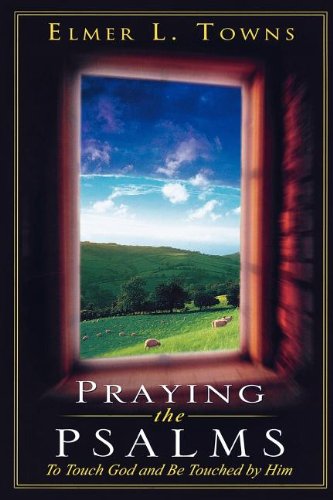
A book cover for Praying the Psalms (Praying the Scriptures (Destiny Images)); Elmer Townes; Religion & Spirituality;